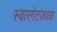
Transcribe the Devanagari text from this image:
स्वारगेटजवळ